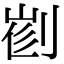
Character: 𠝦